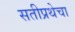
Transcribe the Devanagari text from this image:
सतीप्रथेचा